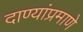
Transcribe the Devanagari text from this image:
दाण्यांप्रमाणे